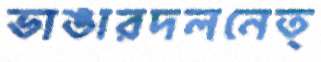
ভাঙারদলনেত্